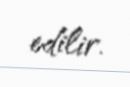
edilir.